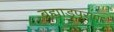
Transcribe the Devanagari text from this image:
ब्रह्मा़डपुराण